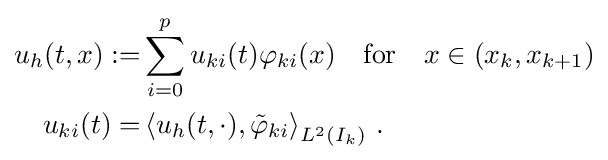
{\begin{aligned}u_{h}(t,x):=&\sum _{i=0}^{p}u_{ki}(t)\varphi _{ki}(x)\quad {\text{for}}\quad x\in (x_{k},x_{k+1})\\u_{ki}(t)=&\left\langle u_{h}(t,\cdot ),{\tilde {\varphi }}_{ki}\right\rangle _{L^{2}(I_{k})}\,.\end{aligned}}